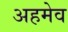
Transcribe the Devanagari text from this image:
अहमेव